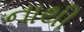
નાથી